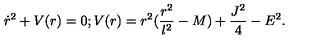
\dot { r } ^ { 2 } + V ( r ) = 0 ; V ( r ) = r ^ { 2 } ( \frac { r ^ { 2 } } { l ^ { 2 } } - M ) + \frac { J ^ { 2 } } { 4 } - E ^ { 2 } .